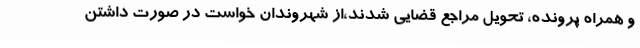
و همراه پرونده، تحویل مراجع قضایی شدند،از شهروندان خواست در صورت داشتن